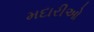
મદારીઓ